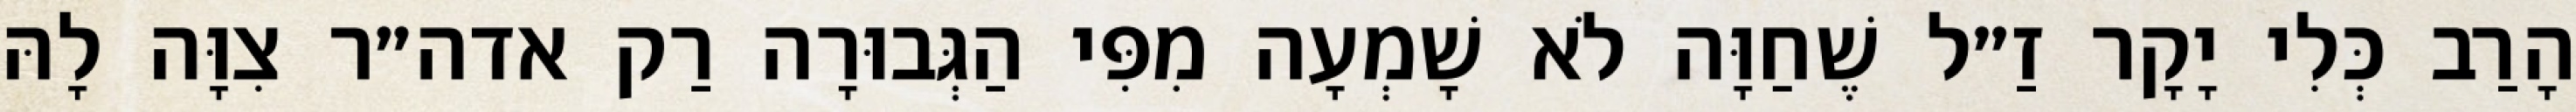
הָרַב כְּלִי יָקָר זַ״ל שֶׁחַוָּה לֹא שָׁמְעָה מִפִּי הַגְּבוּרָה רַק אדה״ר צִוָּה לָהּ